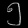
Digit: ၅